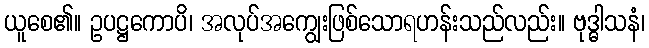
ယူစေ၏။ ဥပဋ္ဌကောပိ၊ အလုပ်အကျွေးဖြစ်သောရဟန်းသည်လည်း။ ဗုဒ္ဓါသနံ၊